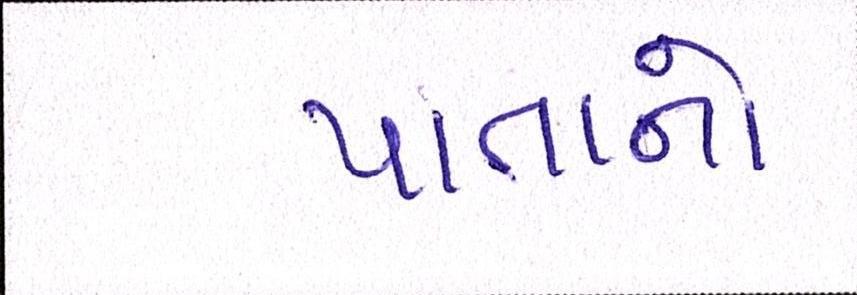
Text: પાતાનો